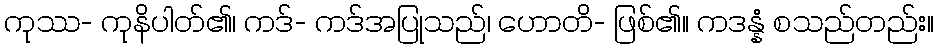
ကုဿ- ကုနိပါတ်၏၊ ကဒ်- ကဒ်အပြုသည်၊ ဟောတိ- ဖြစ်၏။ ကဒန္နံ စသည်တည်း။